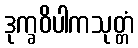
ဒုက္ခဝိပါကသုတ္တံ